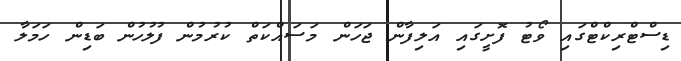
ޑިސްޓްރިކްޓްގައި ވޯޓު ފޮށީގައި އަލިފާން ޖަހަން މަސައްކަތް ކުރުމުން ފުލުހުން ބަޑިން ހަމަލާ